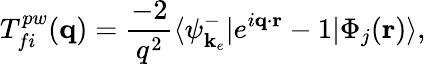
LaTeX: T_{fi}^{pw}(\mathbf{q})=\frac{-2}{q^{2}}\langle\psi_{\mathbf{k}_{e}}^{-}|e^{i\mathbf{q}\cdot\mathbf{r}}-1|\Phi_{j}(\mathbf{r})\rangle,